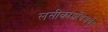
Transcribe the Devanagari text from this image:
लसीकाग्रंथिअर्बुद